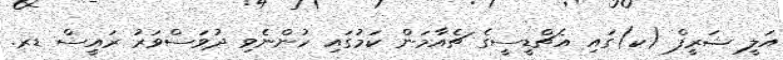
އަލީ ޝަރީފް (ކ)ގައި އެޗްޑީސީގެ ޗެއާމަން ކަމުގައި ހުންނެވި ދުވަސްވަރު ރައީސް ޑރ.